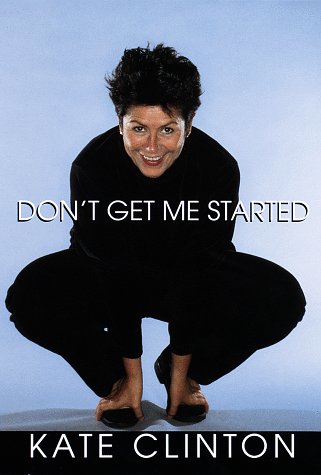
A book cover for Don't Get Me Started; Kate Clinton; Gay & Lesbian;